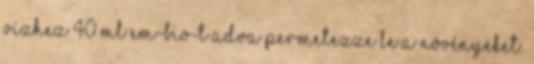
vízhez 40 ml EM-BIO-t adva permetezze le a növényeket.